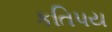
કતિપય